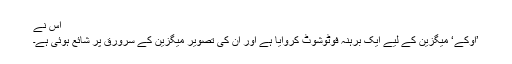
اس نے
’اوکے‘ میگزین کے لیے ایک برہنہ فوٹوشوٹ کروایا ہے اور ان کی تصویر میگزین کے سرورق پر شائع ہوئی ہے۔